Indian journal of veterinary science and animal husbandry - Volume 11,
Year: 1941
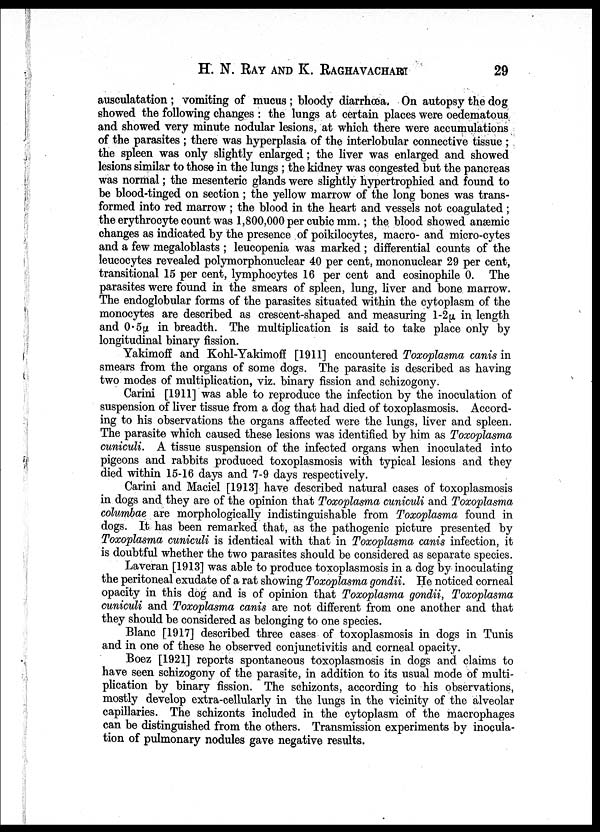
H. N. RAY AND K.
RAGHAVACHARI
29
ausculatation ; vomiting of mucus ; bloody diarrhœa. On autopsy the dog
showed the following changes : the lungs at certain places were oedematous
and showed very minute nodular lesions, at which there were accumulations
of the parasites ; there was hyperplasia of the interlobular connective tissue ;
the spleen was only slightly enlarged; the liver was enlarged and showed
lesions similar to those in the lungs ; the kidney was congested but the pancreas
was normal; the mesenteric glands were slightly hypertrophied and found to
be blood-tinged on section ; the yellow marrow of the long bones was trans-
formed into red marrow ; the blood in the heart and vessels not coagulated ;
the erythrocyte count was 1,800,000 per cubic mm.; the blood showed anæmic
changes as indicated by the presence of poikilocytes, macro- and micro-cytes
and a few megaloblasts ; leucopenia was marked ; differential counts of the
leucocytes revealed polymorphonuclear 40 per cent, mononuclear 29 per cent,
transitional 15 per cent, lymphocytes 16 per cent and eosinophile 0. The
parasites were found in the smears of spleen, lung, liver and bone marrow.
The endoglobular forms of the parasites situated within the cytoplasm of the
monocytes are described as crescent-shaped and measuring 1.2µ in length
and 0.5µ in breadth. The multiplication is said to take place only by
longitudinal binary fission.
Yakimoff and Kohl-Yakimoff [1911] encountered Toxoplasma canis in
smears from the organs of some dogs. The parasite is described as having
two modes of multiplication, viz. binary fission and schizogony.
Carini [1911] was able to reproduce the infection by the inoculation of
suspension of liver tissue from a dog that had died of toxoplasmosis. Accord-
ing to his observations the organs affected were the lungs, liver and spleen.
The parasite which caused these lesions was identified by him as Toxoplasma
cuniculi. A tissue suspension of the infected organs when inoculated into
pigeons and rabbits produced toxoplasmosis with typical lesions and they
died within 15-16 days and 7-9 days respectively.
Carini and Maciel [1913] have described natural cases of toxoplasmosis
in dogs and they are of the opinion that Toxoplasma cuniculi and Toxoplasma
columbae are morphologically indistinguishable from Toxoplasma found in
dogs. It has been remarked that, as the pathogenic picture presented by
Toxoplasma cuniculi is identical with that in Toxoplasma canis infection, it
is doubtful whether the two parasites should be considered as separate species.
Laveran [1913] was able to produce toxoplasmosis in a dog by inoculating
the peritoneal exudate of a rat showing Toxoplasma gondii. He noticed corneal
opacity in this dog and is of opinion that Toxoplasma gondii, Toxoplasma
cuniculi and Toxoplasma canis are not different from one another and that
they should be considered as belonging to one species.
Blanc [1917] described three cases of toxoplasmosis in dogs in Tunis
and in one of these he observed conjunctivitis and corneal opacity.
Boez [1921] reports spontaneous toxoplasmosis in dogs and claims to
have seen schizogony of the parasite, in addition to its usual mode of multi-
plication by binary fission. The schizonts, according to his observations,
mostly develop extra-cellularly in the lungs in the vicinity of the alveolar
capillaries. The schizonts included in the cytoplasm of the macrophages
can be distinguished from the others. Transmission experiments by inocula-
tion of pulmonary nodules gave negative results.